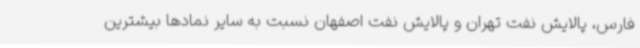
فارس، پالایش نفت تهران و پالایش نفت اصفهان نسبت به سایر نمادها بیشترین